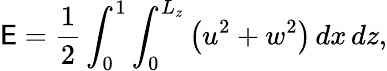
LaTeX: \mathsf{E}=\displaystyle\frac{{1}}{{2}}\int_{0}^{1}\int_{0}^{L_{z}}\left(u^{2}+w^{2}\right)\, dx\, dz,